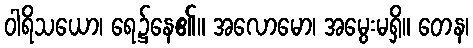
ဝါရိသယော၊ ရေ၌နေ၏။ အလောမော၊ အမွေးမရှိ။ တေန၊